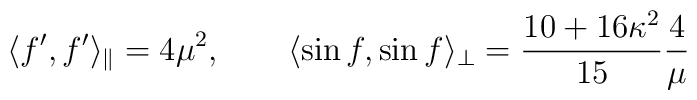
\langle f',f' \rangle_{\parallel} = 4\mu^2, \qquad\langle \sin f, \sin f \rangle_{\perp} =\frac{10+16\kappa^2}{15}\frac{4}{\mu}